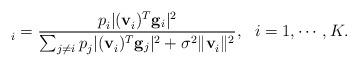
LaTeX: \begin{align*}^{}_i = \frac{p^{}_i|(\mathbf{v}^{}_i)^{T}\mathbf{g}_i|^2}{\sum_{j \neq i}p^{}_j|(\mathbf{v}^{}_i)^{T}\mathbf{g}_j|^2 + \sigma^2\|\mathbf{v}^{}_i\|^2}, ~~ i =1,\cdots, K.\end{align*}